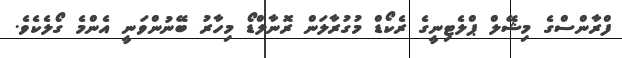
ފްރާންސްގެ މިޝޭލް ޕްލެޓިނީގެ ރެކޯޑް މުގުރާލަން ރޮނާލްޑޯ މިހާރު ބޭނުންވަނީ އެންމެ ގޯލެކެވެ.